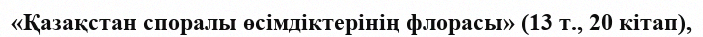
«Қазақстан споралы өсімдіктерінің флорасы» (13 т., 20 кітап),